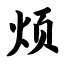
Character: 烦